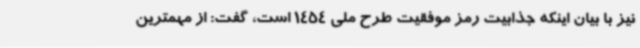
نیز با بیان اینکه جذابیت رمز موفقیت طرح ملی 1454 است، گفت: از مهمترین